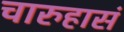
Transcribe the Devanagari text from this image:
चारुहासं